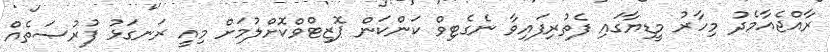
ރާއްޖެއާމެދު މިހާރު މީޑިޔާގައި ފެތުރިފައިވާ ނެގެޓިވް ކަންކަން ޕޮޒިޓްވްކޮށްލުމަށް މިއީ ރަނގަޅު ފުރުޞަތެއް